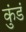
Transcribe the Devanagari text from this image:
कुंडं